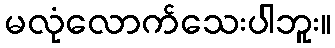
မလုံလောက်သေးပါဘူး။